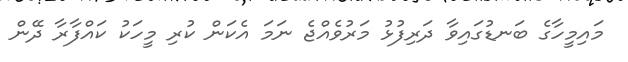
މައިމީހާގެ ބަނޑުގައިވާ ދަރިފުޅު މަރުވެއްޖެ ނަމަ އެކަން ކުރި މީހަކު ކައްފާރާ ދޭން